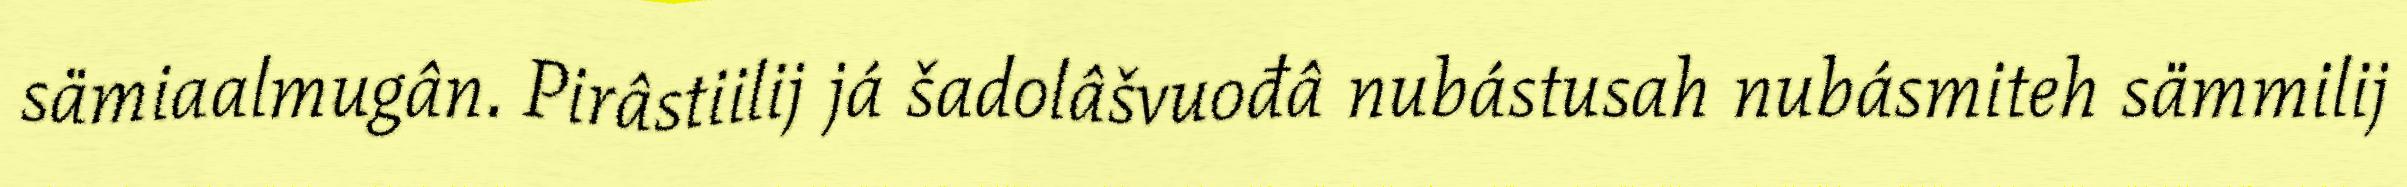
sämiaalmugân. Pirâstiilij já šadolâšvuođâ nubástusah nubásmiteh sämmilij